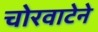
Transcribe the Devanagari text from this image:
चोरवाटेने